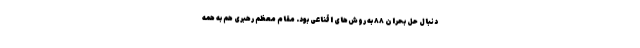
دنبال حل بحران ۸۸ به روش‌های اقناعی بود. مقام معظم رهبری هم به همه